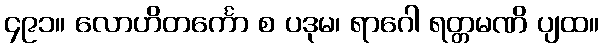
၄၉၁။ လောဟိတင်္ကော စ ပဒုမ၊ ရာဂေါ ရတ္တမဏိ ပျထ။